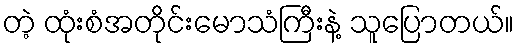
တဲ့ ထုံးစံအတိုင်းမောသံကြီးနဲ့ သူပြောတယ်။